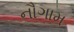
નૌગામ